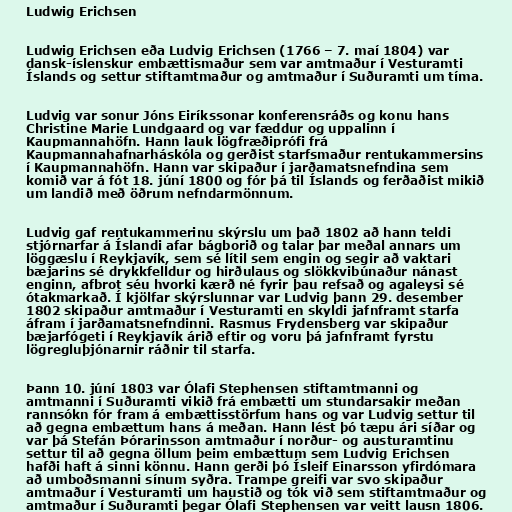
Ludwig Erichsen

Ludwig Erichsen eða Ludvig Erichsen (1766 – 7. maí 1804) var
dansk-íslenskur embættismaður sem var amtmaður í Vesturamti
Íslands og settur stiftamtmaður og amtmaður í Suðuramti um tíma.

Ludvig var sonur Jóns Eiríkssonar konferensráðs og konu hans
Christine Marie Lundgaard og var fæddur og uppalinn í
Kaupmannahöfn. Hann lauk lögfræðiprófi frá
Kaupmannahafnarháskóla og gerðist starfsmaður rentukammersins
í Kaupmannahöfn. Hann var skipaður í jarðamatsnefndina sem
komið var á fót 18. júní 1800 og fór þá til Íslands og ferðaðist mikið
um landið með öðrum nefndarmönnum.

Ludvig gaf rentukammerinu skýrslu um það 1802 að hann teldi
stjórnarfar á Íslandi afar bágborið og talar þar meðal annars um
löggæslu í Reykjavík, sem sé lítil sem engin og segir að vaktari
bæjarins sé drykkfelldur og hirðulaus og slökkvibúnaður nánast
enginn, afbrot séu hvorki kærð né fyrir þau refsað og agaleysi sé
ótakmarkað. Í kjölfar skýrslunnar var Ludvig þann 29. desember
1802 skipaður amtmaður í Vesturamti en skyldi jafnframt starfa
áfram í jarðamatsnefndinni. Rasmus Frydensberg var skipaður
bæjarfógeti í Reykjavík árið eftir og voru þá jafnframt fyrstu
lögregluþjónarnir ráðnir til starfa.

Þann 10. júní 1803 var Ólafi Stephensen stiftamtmanni og
amtmanni í Suðuramti vikið frá embætti um stundarsakir meðan
rannsókn fór fram á embættisstörfum hans og var Ludvig settur til
að gegna embættum hans á meðan. Hann lést þó tæpu ári síðar og
var þá Stefán Þórarinsson amtmaður í norður- og austuramtinu
settur til að gegna öllum þeim embættum sem Ludvig Erichsen
hafði haft á sinni könnu. Hann gerði þó Ísleif Einarsson yfirdómara
að umboðsmanni sínum syðra. Trampe greifi var svo skipaður
amtmaður í Vesturamti um haustið og tók við sem stiftamtmaður og
amtmaður í Suðuramti þegar Ólafi Stephensen var veitt lausn 1806.